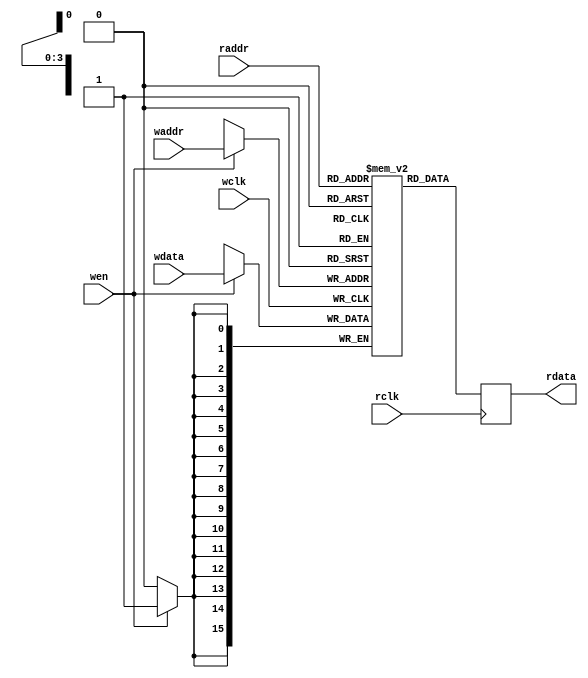
// -*- verilog -*-
//
//  USRP - Universal Software Radio Peripheral
//
//  Copyright (C) 2003 Matt Ettus
//
//  This program is free software; you can redistribute it and/or modify
//  it under the terms of the GNU General Public License as published by
//  the Free Software Foundation; either version 2 of the License, or
//  (at your option) any later version.
//
//  This program is distributed in the hope that it will be useful,
//  but WITHOUT ANY WARRANTY; without even the implied warranty of
//  MERCHANTABILITY or FITNESS FOR A PARTICULAR PURPOSE.  See the
//  GNU General Public License for more details.
//
//  You should have received a copy of the GNU General Public License
//  along with this program; if not, write to the Free Software
//  Foundation, Inc., 51 Franklin Street, Boston, MA  02110-1301  USA
//



module dpram(wclk,wdata,waddr,wen,rclk,rdata,raddr);
   parameter depth = 4;
   parameter width = 16;
   parameter size = 16;
   
   input wclk;
   input [width-1:0] wdata;
   input [depth-1:0] waddr;
   input 	     wen;

   input rclk;
   output reg [width-1:0] rdata;
   input [depth-1:0]  raddr;
   
   reg [width-1:0]    ram [0:size-1];
   
   always @(posedge wclk)
     if(wen)
       ram[waddr] <= #1 wdata;
   
   always @(posedge rclk)
     rdata <= #1 ram[raddr];
   
endmodule // dpram